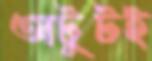
অটুটই